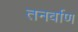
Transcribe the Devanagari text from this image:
तनर्वाण